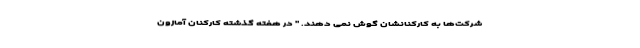
شرکت‌ها به کارکنانشان گوش نمی دهند. " در هفته گذشته کارکنان آمازون